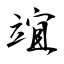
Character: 竩